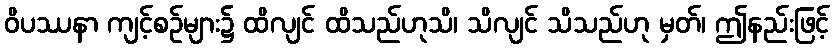
ဝိပဿနာ ကျင့်စဉ်များ၌ ထိလျင် ထိသည်ဟုသိ၊ သိလျင် သိသည်ဟု မှတ်၊ ဤနည်းဖြင့်